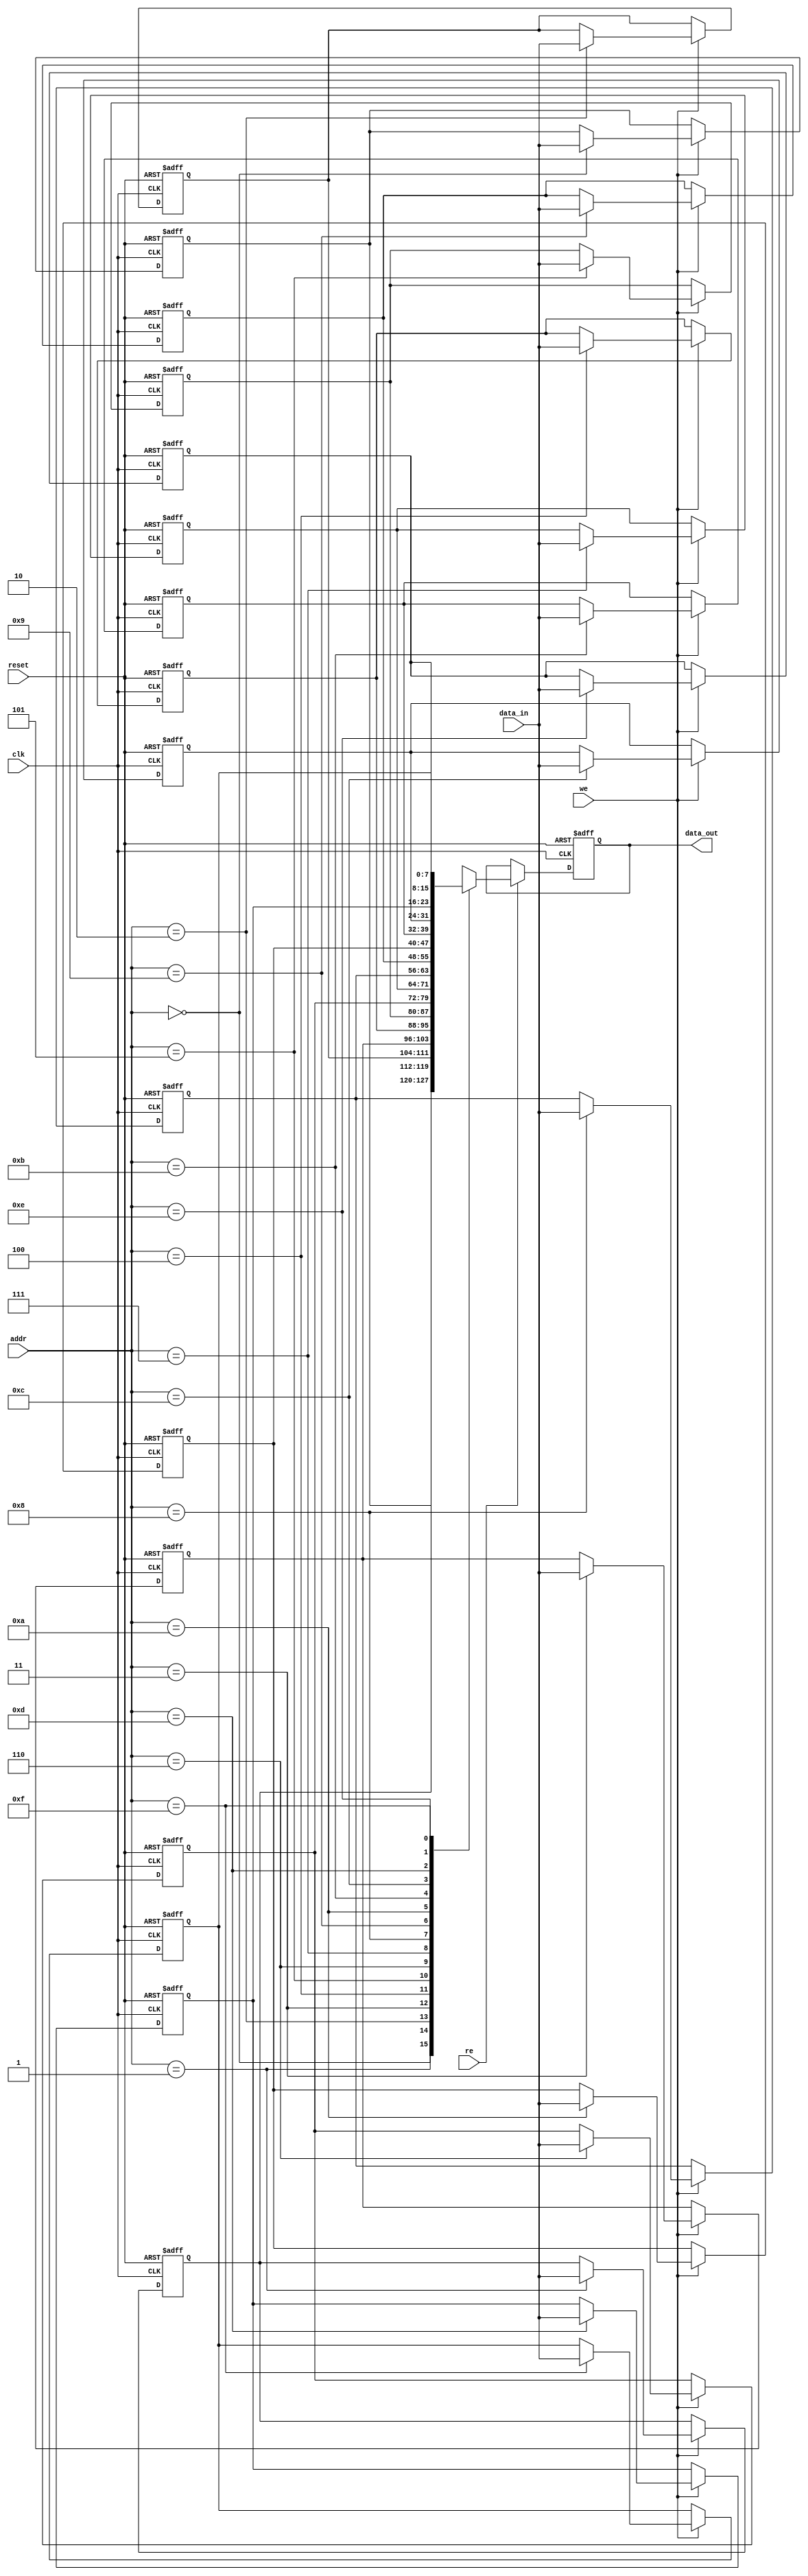
module scratchpad_memory #(
    parameter DATA_WIDTH = 8,    // Width of each data word (in bits)
    parameter ADDR_WIDTH = 4     // Width of the address bus (number of addressable locations)
)(
    input wire clk,              // Clock signal
    input wire reset,            // Asynchronous reset
    input wire we,               // Write enable
    input wire re,               // Read enable
    input wire [ADDR_WIDTH-1:0] addr, // Address input
    input wire [DATA_WIDTH-1:0] data_in, // Data input (for write operations)
    output reg [DATA_WIDTH-1:0] data_out // Data output (for read operations)
);

    // Memory array declaration
    reg [DATA_WIDTH-1:0] memory [(2**ADDR_WIDTH)-1:0]; // Addressable memory

    // Asynchronous reset to initialize memory
    integer i;
    always @(posedge clk or posedge reset) begin
        if (reset) begin
            // Initialize memory to zero
            for (i = 0; i < (2**ADDR_WIDTH); i = i + 1) begin
                memory[i] <= {DATA_WIDTH{1'b0}};
            end
            data_out <= {DATA_WIDTH{1'b0}};
        end else begin
            if (we) begin
                // Write operation
                memory[addr] <= data_in;
            end
            if (re) begin
                // Read operation
                data_out <= memory[addr];
            end
        end
    end

endmodule